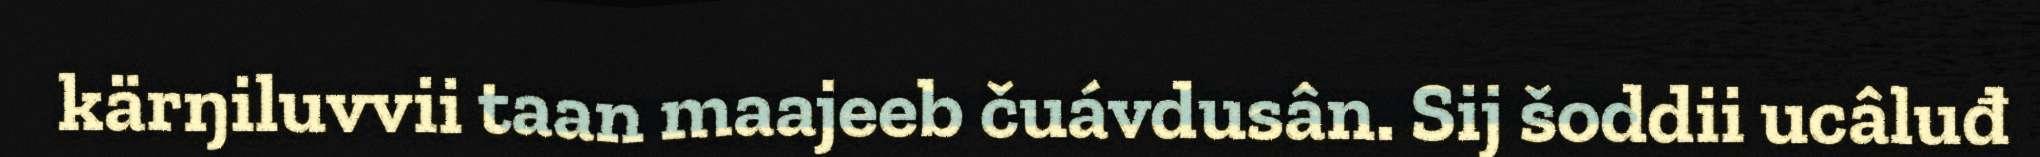
kärŋiluvvii taan maajeeb čuávdusân. Sij šoddii ucâluđ